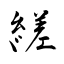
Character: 縒